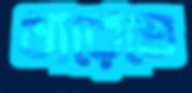
ধারেতে